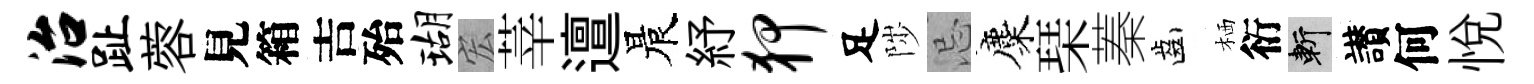
治趾蓉見箱吉殆瑚宏莘邅晨紓狎足陟忌麋琹蓁齒栖衍斬讃何悦